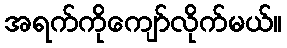
အရက်ကိုကျော်လိုက်မယ်။